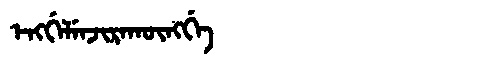
Manchu: ᡝᠩᡤᡝᠯᡝᠨᠵᡳᡵᠠᡴᡡᠩᡤᡝ
Romanization: ENGGELENJIRAKŪNGGE